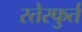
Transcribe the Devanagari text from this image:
स्तेस्फुर्त